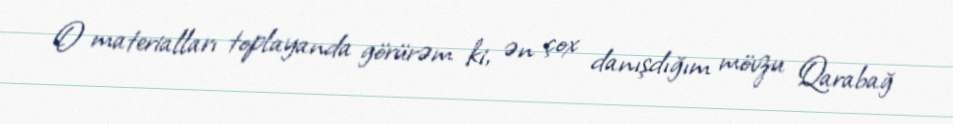
O materialları toplayanda görürəm ki, ən çox danışdığım mövzu Qarabağ